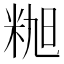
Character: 𰪸